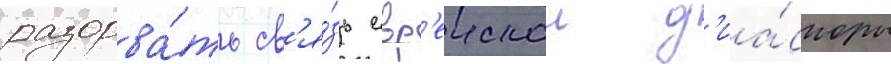
разорва́ть св'я́зь евр'еискои д'иа́споры